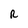
Character: R